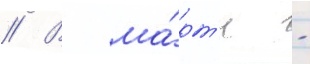
// В ма́рт'е -